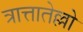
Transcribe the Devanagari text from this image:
त्रात्तातेल्लो